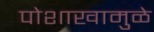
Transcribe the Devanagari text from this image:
पोशाखामुळे